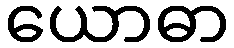
ယောဓာ